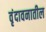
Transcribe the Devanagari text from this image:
वृंदावनातील